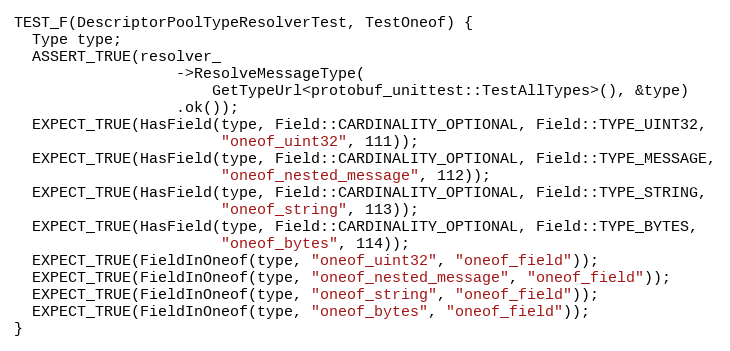
Language: C++
TEST_F(DescriptorPoolTypeResolverTest, TestOneof) {
  Type type;
  ASSERT_TRUE(resolver_
                  ->ResolveMessageType(
                      GetTypeUrl<protobuf_unittest::TestAllTypes>(), &type)
                  .ok());
  EXPECT_TRUE(HasField(type, Field::CARDINALITY_OPTIONAL, Field::TYPE_UINT32,
                       "oneof_uint32", 111));
  EXPECT_TRUE(HasField(type, Field::CARDINALITY_OPTIONAL, Field::TYPE_MESSAGE,
                       "oneof_nested_message", 112));
  EXPECT_TRUE(HasField(type, Field::CARDINALITY_OPTIONAL, Field::TYPE_STRING,
                       "oneof_string", 113));
  EXPECT_TRUE(HasField(type, Field::CARDINALITY_OPTIONAL, Field::TYPE_BYTES,
                       "oneof_bytes", 114));
  EXPECT_TRUE(FieldInOneof(type, "oneof_uint32", "oneof_field"));
  EXPECT_TRUE(FieldInOneof(type, "oneof_nested_message", "oneof_field"));
  EXPECT_TRUE(FieldInOneof(type, "oneof_string", "oneof_field"));
  EXPECT_TRUE(FieldInOneof(type, "oneof_bytes", "oneof_field"));
}